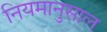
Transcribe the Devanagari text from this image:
नियमानुसाल